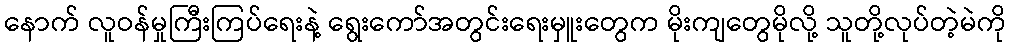
နောက် လူဝန်မှုကြီးကြပ်ရေးနဲ့ ရွေးကော်အတွင်းရေးမှူးတွေက မိုးကျတွေမိုလို့ သူတို့လုပ်တဲ့မဲကို